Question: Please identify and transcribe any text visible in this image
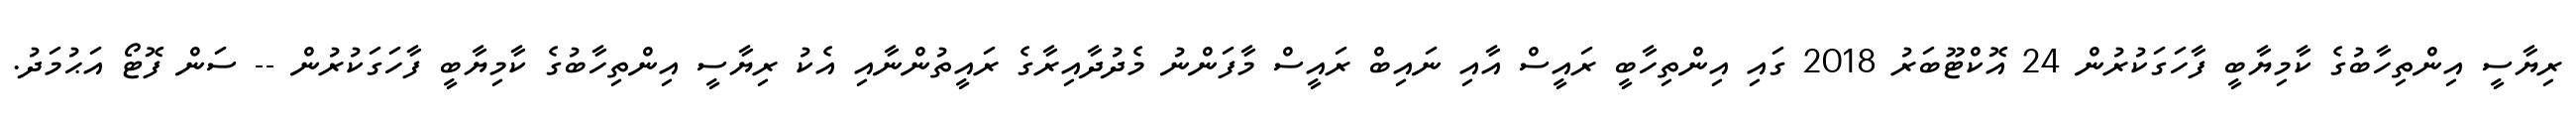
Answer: ރިޔާސީ އިންތިހާބުގެ ކާމިޔާބީ ފާހަގަކުރުން 24 އޮކްޓޫބަރު 2018 ގައި އިންތިހާބީ ރައީސް އާއި ނައިބް ރައީސް މާފަންނު މެދުދާއިރާގެ ރައީތުންނާއި އެކު ރިޔާސީ އިންތިހާބުގެ ކާމިޔާބީ ފާހަގަކުރުން -- ސަން ފޮޓޯ އަޙުމަދު.